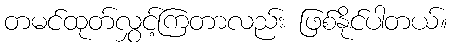
တမင်ထုတ်လွှင့်ကြတာလည်း ဖြစ်နိုင်ပါတယ်။